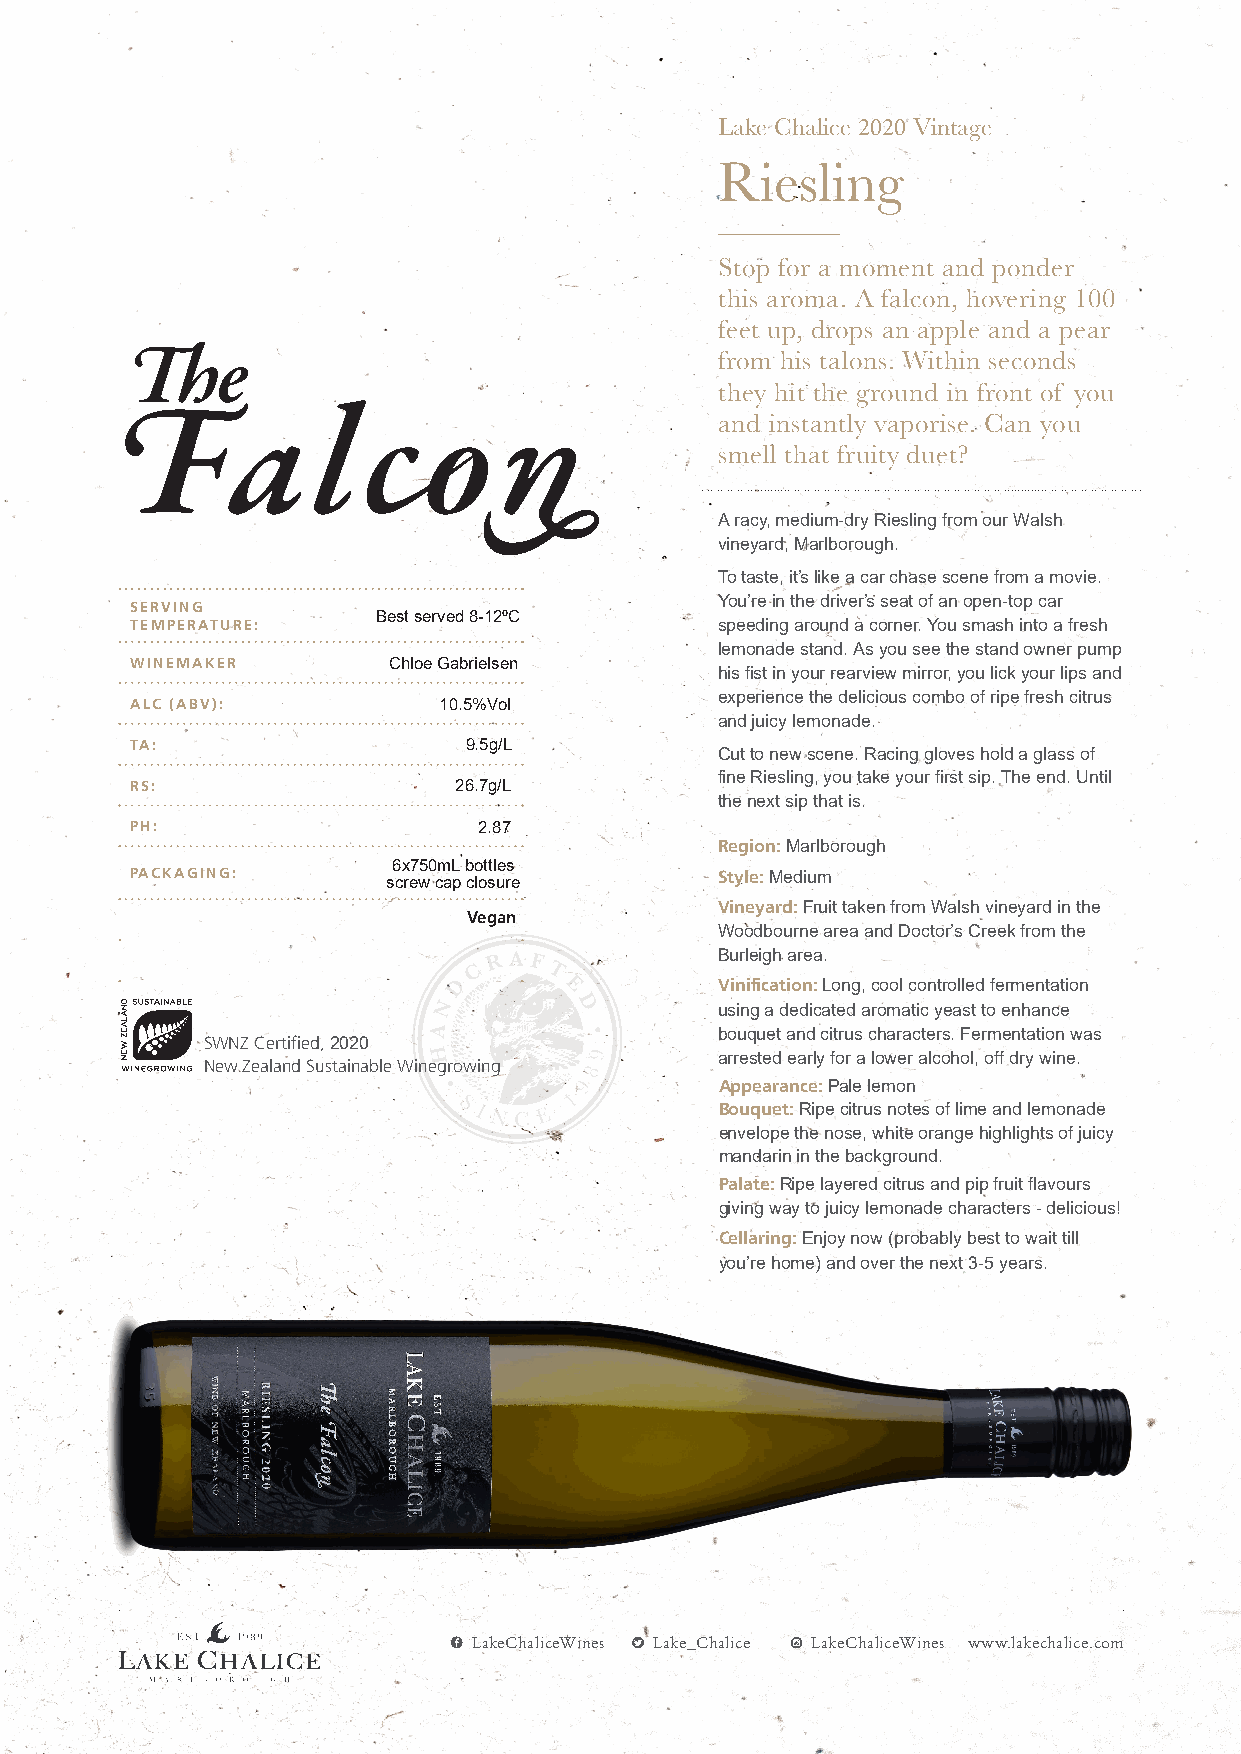
Lake Chalice 2020 Vintage
 Riesling
 Stop for a moment and ponder
 this aroma. A falcon, hovering 100
 feet up, drops an apple and a pear
 from his talons. Within seconds
 they hit the ground in front of you
 and instantly vaporise. Can you
 smell that fruity duet?
 A racy, medium-dry Riesling from our Walsh
 vineyard, Marlborough.
 To taste, it’s like a car chase scene from a movie.
 SERVING                                You’re in the driver’s seat of an open-top car
 Best served 8-12ºC
 TEMPERATURE:                           speeding around a corner. You smash into a fresh
 lemonade stand. As you see the stand owner pump
 WINEMAKER        Chloe Gabrielsen
 his fist in your rearview mirror, you lick your lips and
 experience the delicious combo of ripe fresh citrus
 ALC (ABV):          10.5%Vol
 and juicy lemonade.
 TA:                   9.5g/L
 Cut to new scene. Racing gloves hold a glass of
 fine Riesling, you take your first sip. The end. Until
 RS:                  26.7g/L
 the next sip that is.
 PH:                    2.87
 Region: Marlborough
 6x750mL bottles
 PACKAGING:       screw cap closure     Style: Medium
 Vineyard: Fruit taken from Walsh vineyard in the
 Vegan
 Woodbourne area and Doctor’s Creek from the
 Burleigh area.
 Vinification: Long, cool controlled fermentation
 using a dedicated aromatic yeast to enhance
 bouquet and citrus characters. Fermentation was
 SWNZ Certified, 2020
 arrested early for a lower alcohol, off dry wine.
 New Zealand Sustainable Winegrowing
 Appearance: Pale lemon
 Bouquet: Ripe citrus notes of lime and lemonade
 envelope the nose, white orange highlights of juicy
 mandarin in the background.
 Palate: Ripe layered citrus and pip fruit flavours
 giving way to juicy lemonade characters - delicious!
 Cellaring: Enjoy now (probably best to wait till
 you’re home) and over the next 3-5 years.
 LakeChaliceWines Lake_Chalice LakeChaliceWines www.lakechalice.com